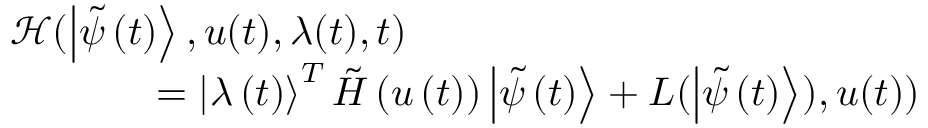
\begin{array} { r l } & { \! \! \! \! \! \! \! \! \! \! \! \! \! \! \! \! \mathcal { H } ( \left| \tilde { \psi } \left( t \right) \right\rangle , u ( t ) , \lambda ( t ) , t ) } \\ & { \quad = \left| \lambda \left( { t } \right) \right\rangle ^ { { T } } \tilde { H } \left( u \left( t \right) \right) \left| \tilde { \psi } \left( t \right) \right\rangle + L ( \left| \tilde { \psi } \left( t \right) \right\rangle ) , u ( t ) ) } \end{array}